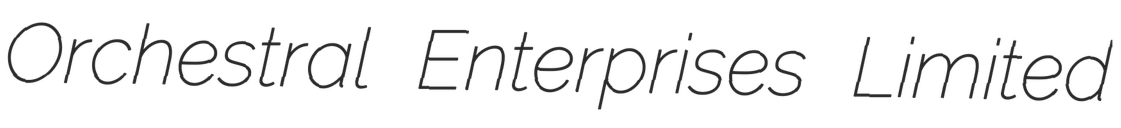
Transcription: Orchestral Enterprises Limited